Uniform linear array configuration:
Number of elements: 64
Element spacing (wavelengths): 0.25
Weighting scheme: hamming
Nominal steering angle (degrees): -30
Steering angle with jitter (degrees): -29.984
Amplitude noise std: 0.05
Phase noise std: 0.05

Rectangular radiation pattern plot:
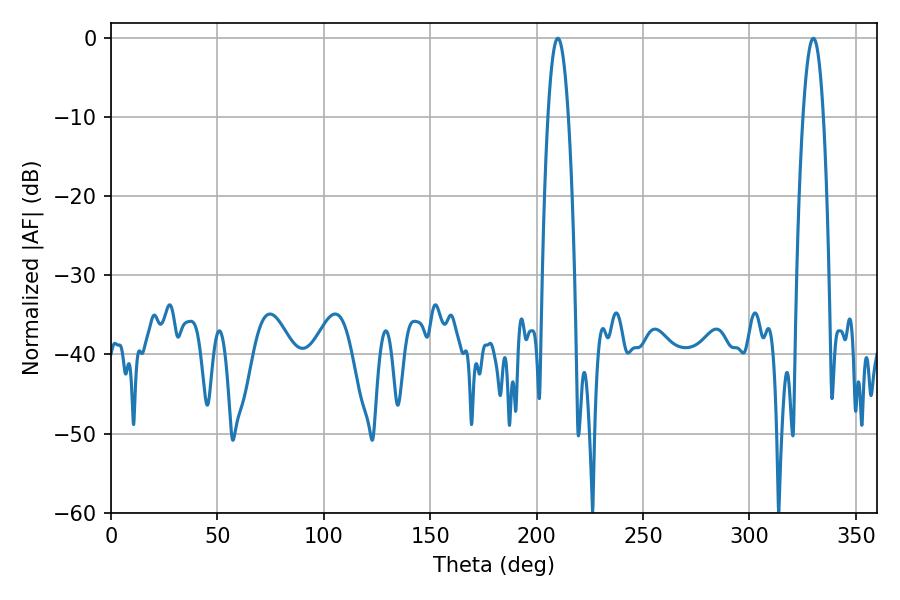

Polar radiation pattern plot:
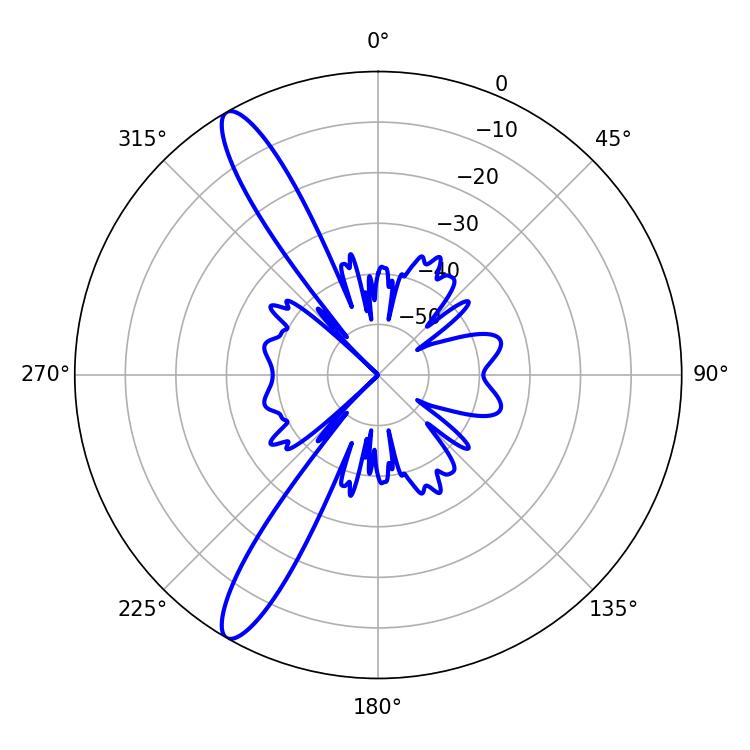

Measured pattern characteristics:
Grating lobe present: FALSE
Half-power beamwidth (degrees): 5.22
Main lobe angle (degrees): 210.06